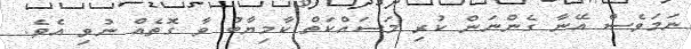
ނަމަވެސް އޭނާ ގެންނަން ކުރި މަސައްކަތް ކާމިޔާބު ވާ ގޮތެއް ނުވި އެވެ.